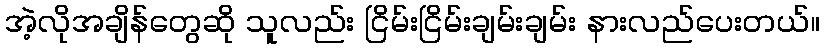
အဲ့လိုအချိန်တွေဆို သူလည်း ငြိမ်းငြိမ်းချမ်းချမ်း နားလည်ပေးတယ်။